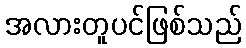
အလားတူပင်ဖြစ်သည်